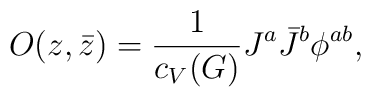
O(z,\bar z)={1\over c_V(G)}J^a\bar J^b\phi^{ab},